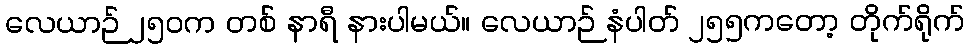
လေယာဉ် ၂၅၀က တစ် နာရီ နားပါမယ်။ လေယာဉ် နံပါတ် ၂၅၅ကတော့ တိုက်ရိုက်